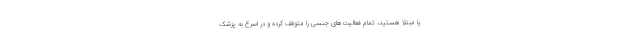
یا مبتلا هستید، تمام فعالیت‌های جنسی را متوقف کرده و در اسرع به پزشک